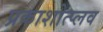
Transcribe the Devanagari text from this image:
प्रकाशोत्प्लव